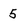
Character: 5